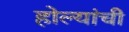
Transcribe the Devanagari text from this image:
होल्यांची